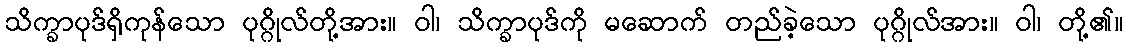
သိက္ခာပုဒ်ရှိကုန်သော ပုဂ္ဂိုလ်တို့အား။ ဝါ၊ သိက္ခာပုဒ်ကို မဆောက် တည်ခဲ့သော ပုဂ္ဂိုလ်အား။ ဝါ၊ တို့၏။